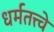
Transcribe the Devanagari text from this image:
धर्मतत्त्वे